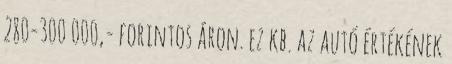
280-300 000,- forintos áron. ez kb. az autó értékének